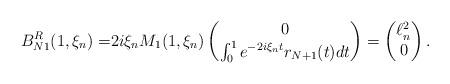
LaTeX: \begin{align*}B_{N1}^R(1,\xi_n)=&2i\xi_n M_1(1,\xi_n)\begin{pmatrix}0\\\int_0^1 e^{-2i\xi_nt}r_{N+1}(t)dt\end{pmatrix}=\begin{pmatrix}\ell^2_n\\ 0\end{pmatrix}.\end{align*}